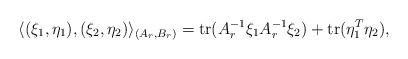
LaTeX: \begin{align*} \langle (\xi_1,\eta_1),(\xi_2,\eta_2) \rangle_{(A_r,B_r)} = {\rm tr}( A_r^{-1} \xi_1 A_r^{-1} \xi_2 ) + {\rm tr} (\eta_1^T\eta_2),\end{align*}